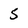
Character: 5